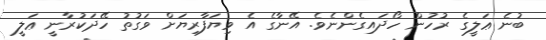
ބުނެ ޢަލީގެ ރުހުން ހޯދައިގެންނެވެ. އޭނާގެ އެ ވިޔަފާރިޔަށް ވަގުތު ހޭދަކުރާނީ ޢަލީ